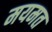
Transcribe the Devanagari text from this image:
मयमत